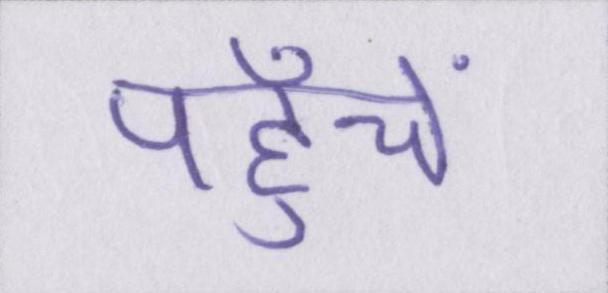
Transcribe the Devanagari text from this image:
पहुँचें